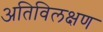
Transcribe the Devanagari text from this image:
अतिविलक्षण